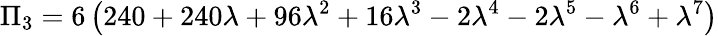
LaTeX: \Pi_{3}=6\left(240+240\lambda+96\lambda^{2}+16\lambda^{3}-2\lambda^{4}-2\lambda^{5}-\lambda^{6}+\lambda^{7}\right)